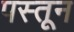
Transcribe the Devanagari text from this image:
पस्तून